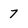
Character: 7